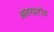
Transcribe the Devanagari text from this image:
आंतरग्रहीय